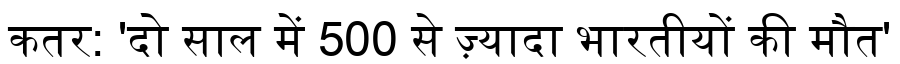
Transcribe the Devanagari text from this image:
कतर: 'दो साल में 500 से ज़्यादा भारतीयों की मौत'